Vaccination United Provinces of Agra and Oudh 1914-1922 - 1914-1922
Year: 1914
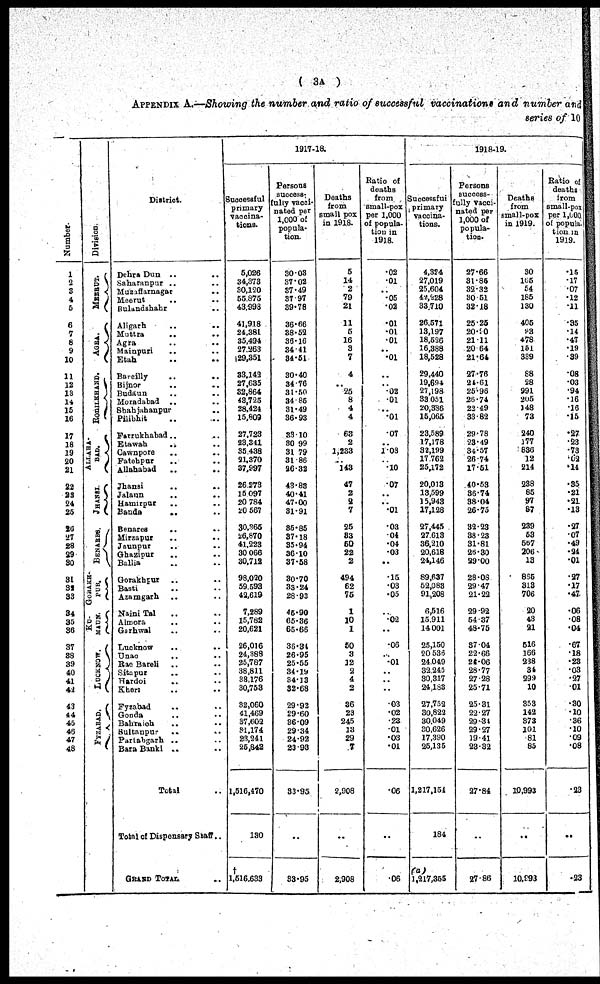
( 3A )
APPENDIX A.—Showing the number and ratio of successful vaccinations and number and
series of 10
Number.
1
2
3
4
5
6
7
8
9
10
11
12
13
14
15
16
17
18
19
20
21
22
23
24
25
26
27
28
29
30
31
32
33
34
35
36
37
38
39
40
41
42
43
44
45
46
47
48
Division.
MEERUT.
AGRA.
ROHILKHAND.
ALLAHA-
---.
JHANSI.
BENARES .
GORAKH¬
PUR.
KU¬
MAUN.
LUCKNOW.
FYZABAD.
District.
Dehra Dun .. ..
Saharanpur .. ..
Muzaffarnagar .. ..
Meerut .. ..
Bulundshahr .. ..
Aligarh
..
..
Muttra .. ..
Agra
.. ..
Mainpuri
..
..
Etah .. ..
Bareilly .. ..
Bijnor .. ..
Budaun .. ..
Moradabad
.. ..
Shahjahanpur .. ..
Pilibhit .. ..
Farrukhabad .. ..
Etawah
.. ..
Cawnpore .. ..
Fatehpur .. ..
Allahabad .. ..
Jhansi .. ..
Jalaun .. ..
Hamirpur .. ..
Banda .. ..
Benares .. ..
Mirzapur .. ..
Jaunpur
..
..
Ghazipur .. ..
Ballia .. ..
Gorakhpur .. ..
Basti .. ..
Azamgarh .. ..
Naini Tal .. ..
Almora .. ..
Garhwal .. ..
Lucknow
.. ..
Unao
..
..
Rae Bareli .. ..
Sitapur .. ..
Hardoi
... ..
Kheri .. ..
Fyzabad .. ..
Gonda ..
Bahraich .. ..
Sultanpur .. ..
Partabgarh .. ..
Bara Banki .. ..
Total ..
Total of Dispensary Staff ..
GRAND TOTAL ..
1917-18.
Successful
primary
vaccina¬
tions.
5,026
34,373
30,120
55,875
43,998
41,918
24,381
35,494
27,263
29,351
33,142
27,635
32,864
43,725
28,424
15,809
27,723
23,341
35,438
21,370
37,997
26,273
15,097
20,784
20,567
30,365
26,870
41,223
30,066
30,712
98,020
59,593
42,619
7,289
15,782
20,621
26,016
24,388
25,787
38,811
38,176
30,753
32,060
41,469
37,602
31,174
23,241
25,842
1,516,470
130
†
1,516,633
Persons
success¬
fully vacci¬
nated per
1,000 of
popula-
tion.
30.03
37.02
37.49
37.97
39.78
36.66
38.52
36.16
34.41
34.51
30.40
34.76
31.50
34.85
31.49
36.93
33.10
30.99
31.79
31.86
26.32
43.83
40.41
47.00
31.91
35.85
37.18
35.94
36.10
37.58
30.70
33.24
28.93
45.90
65.36
65.66
36.34
26.95
25.55
34.19
34.13
32.68
29.92
29.60
36.09
29.34
24.92
23.93
33.95
..
33.95
Deaths
from
small-pox
in 1918.
5
14
2
79
21
11
5
16
3
7
4
..
25
8
4
4
63
2
1,233
..
143
47
2
2
7
25
33
50
22
2
494
62
75
1
10
1
50
3
12
2
4
2
36
23
245
13
29
7
2,908
..
2,908
Ratio of
deaths
from
small-pox
per 1,000
of popula-
tion in
1918.
.02
.01
..
.05
.02
.01
.01
.01
..
.01
..
..
.02
.01
..
.01
.07
..
1.08
.10
.07
..
..
.01
.03
.04
.04
.03
..
.15
.03
.05
..
.02
..
.06
..
.01
..
..
..
.03
.02
.23
.01
.03
.01
.06
..
.06
1918-19.
Successful
primary
vaccina¬
tions.
4,324
27,019
25,604
42,228
33,710
26,571
13,197
18,526
16,388
18,528
29,440
19,694
27,198
33,051
20,386
15,065
23,589
17,178
32,199
17,762
25,172
20,013
13,599
15,948
17,128
27,445
27,613
36,210
20,618
24,146
89,637
52,083
91,208
6,516
15,911
14,001
25,150
20,536
24,049
32,245
30,317
24,183
27,752
30,822
30,049
30,626
17,390
25,135
1,217,154
184
(a)
1,217,355
Persons
success-
fully vacci¬
nated per
1,000 of
popula¬
tion.
27.66
31.85
32.32
30.51
32.18
25.25
20.90
21.11
20.64
21.64
27.76
24.61
25.96
26.74
22.49
33.82
29.78
23.49
34.57
26.74
17.51
40.53
36.74
38.04
26.75
32.23
38.23
31.81
26.30
29.00
28.08
29.47
21.22
29.92
54.37
48.75
37.04
22.66
24.06
28.77
27.28
25.71
25.31
22.27
29.31
29.27
19.41
23.32
27.84
..
27.86
Deaths
from
small-pox
in 1919.
30
105
54
185
130
405
93
478
151
339
88
28
991
205
148
73
240
177
836
12
214
238
85
97
87
239
53
567
206
13
865
313
706
20
43
21
516
166
238
34
299
10
353
142
373
101
81
85
10,993
..
10,993
Ratio of
deaths
from
small-pox
per 1,000
of popula-
tion in
1919.
.16
.17
.07
.12
.11
.35
.14
.47
.19
.39
.08
.03
.94
.16
.16
.15
.27
.23
.73
.02
.14
.35
.21
.21
.13
.27
.07
.49
.24
.01
.27
.17
.47
.06
.08
.04
.67
.18
.28
.03
.27
.01
.30
.10
.36
.10
.09
.08
.23
..
.23